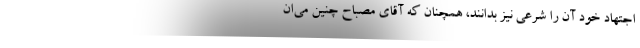
اجتهاد خود آن را شرعی نیز بدانند، همچنان که آقای مصباح چنین می‌ان